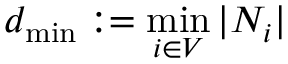
d _ { \operatorname* { m i n } } : = \operatorname* { m i n } _ { i \in V } | N _ { i } |